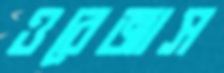
ওরেজাস